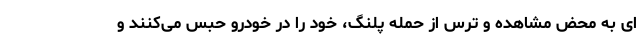
ای به محض مشاهده و ترس از حمله پلنگ، خود را در خودرو حبس می‌کنند و